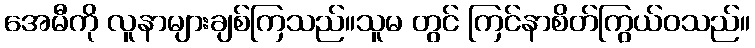
အေမီကို လူနာများချစ်ကြသည်။သူမ တွင် ကြင်နာစိတ်ကြွယ်ဝသည်။